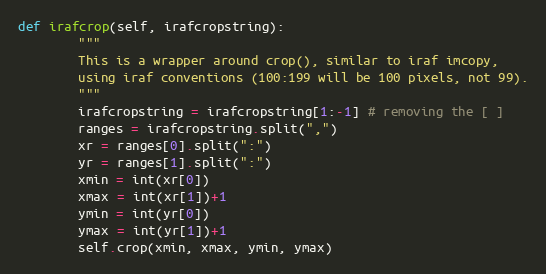
Language: Python
def irafcrop(self, irafcropstring):
        """
        This is a wrapper around crop(), similar to iraf imcopy,
        using iraf conventions (100:199 will be 100 pixels, not 99).
        """
        irafcropstring = irafcropstring[1:-1] # removing the [ ]
        ranges = irafcropstring.split(",")
        xr = ranges[0].split(":")
        yr = ranges[1].split(":")
        xmin = int(xr[0])
        xmax = int(xr[1])+1
        ymin = int(yr[0])
        ymax = int(yr[1])+1
        self.crop(xmin, xmax, ymin, ymax)